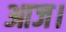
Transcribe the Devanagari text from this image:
आज।